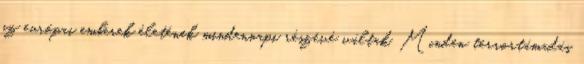
az európai emberek életének mindennapi részévé váltak. Minden terrortámadás